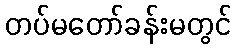
တပ်မတော်ခန်းမတွင်